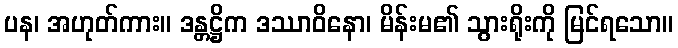
ပန၊ အဟုတ်ကား။ ဒန္တဋ္ဌိက ဒဿာဝိနော၊ မိန်းမ၏ သွားရိုးကို မြင်ရသော။